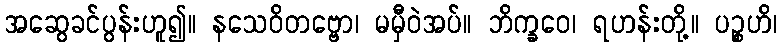
အဆွေခင်ပွန်းဟူ၍။ နသေဝိတဗ္ဗော၊ မမှီဝဲအပ်။ ဘိက္ခဝေ၊ ရဟန်းတို့။ ပဉ္စဟိ၊